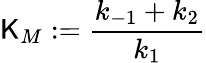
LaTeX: \mathsf{K}_{M}:=\frac{{k_{-1}+k_{2}}}{{k_{1}}}